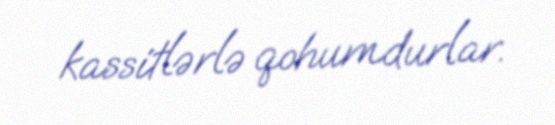
kassitlərlə qohumdurlar.